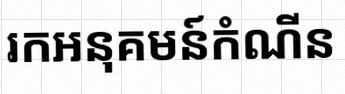
រកអនុគមន៍កំណើន